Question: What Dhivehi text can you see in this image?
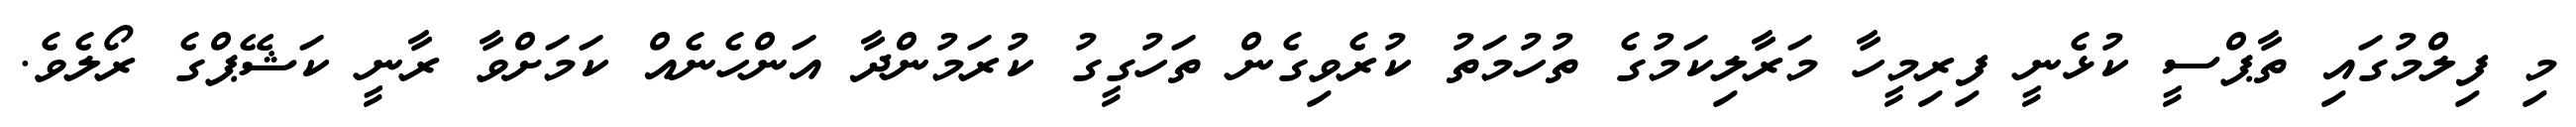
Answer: މި ފިލްމުގައި ތާޕްސީ ކުޅެނީ ފިރިމީހާ މަރާލިކަމުގެ ތުހުމަތު ކުރެވިގެން ތަހުގީގު ކުރަމުންދާ އަންހެނެއް ކަމަށްވާ ރާނީ ކަޝޭޕްގެ ރޯލެވެ.